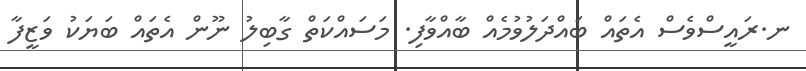
ނ.ރައީސްވެސް އެތައް ބައްދަލުވުމެއް ބާއްވާފި. މަސައްކަތް ގާބިލު ނޫން އެތައް ބަޔަކު ވަޒީފާ